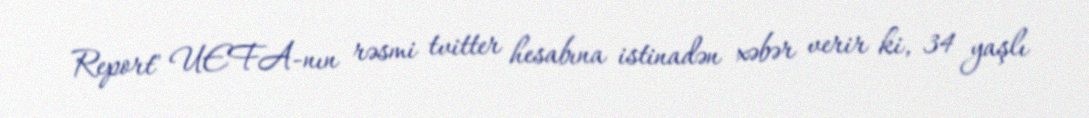
Report" UEFA-nın rəsmi tvitter hesabına istinadən xəbər verir ki, 34 yaşlı